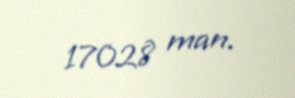
17028 man.